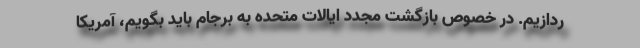
ردازیم. در خصوص بازگشت مجدد ایالات متحده به برجام باید بگویم، آمریکا